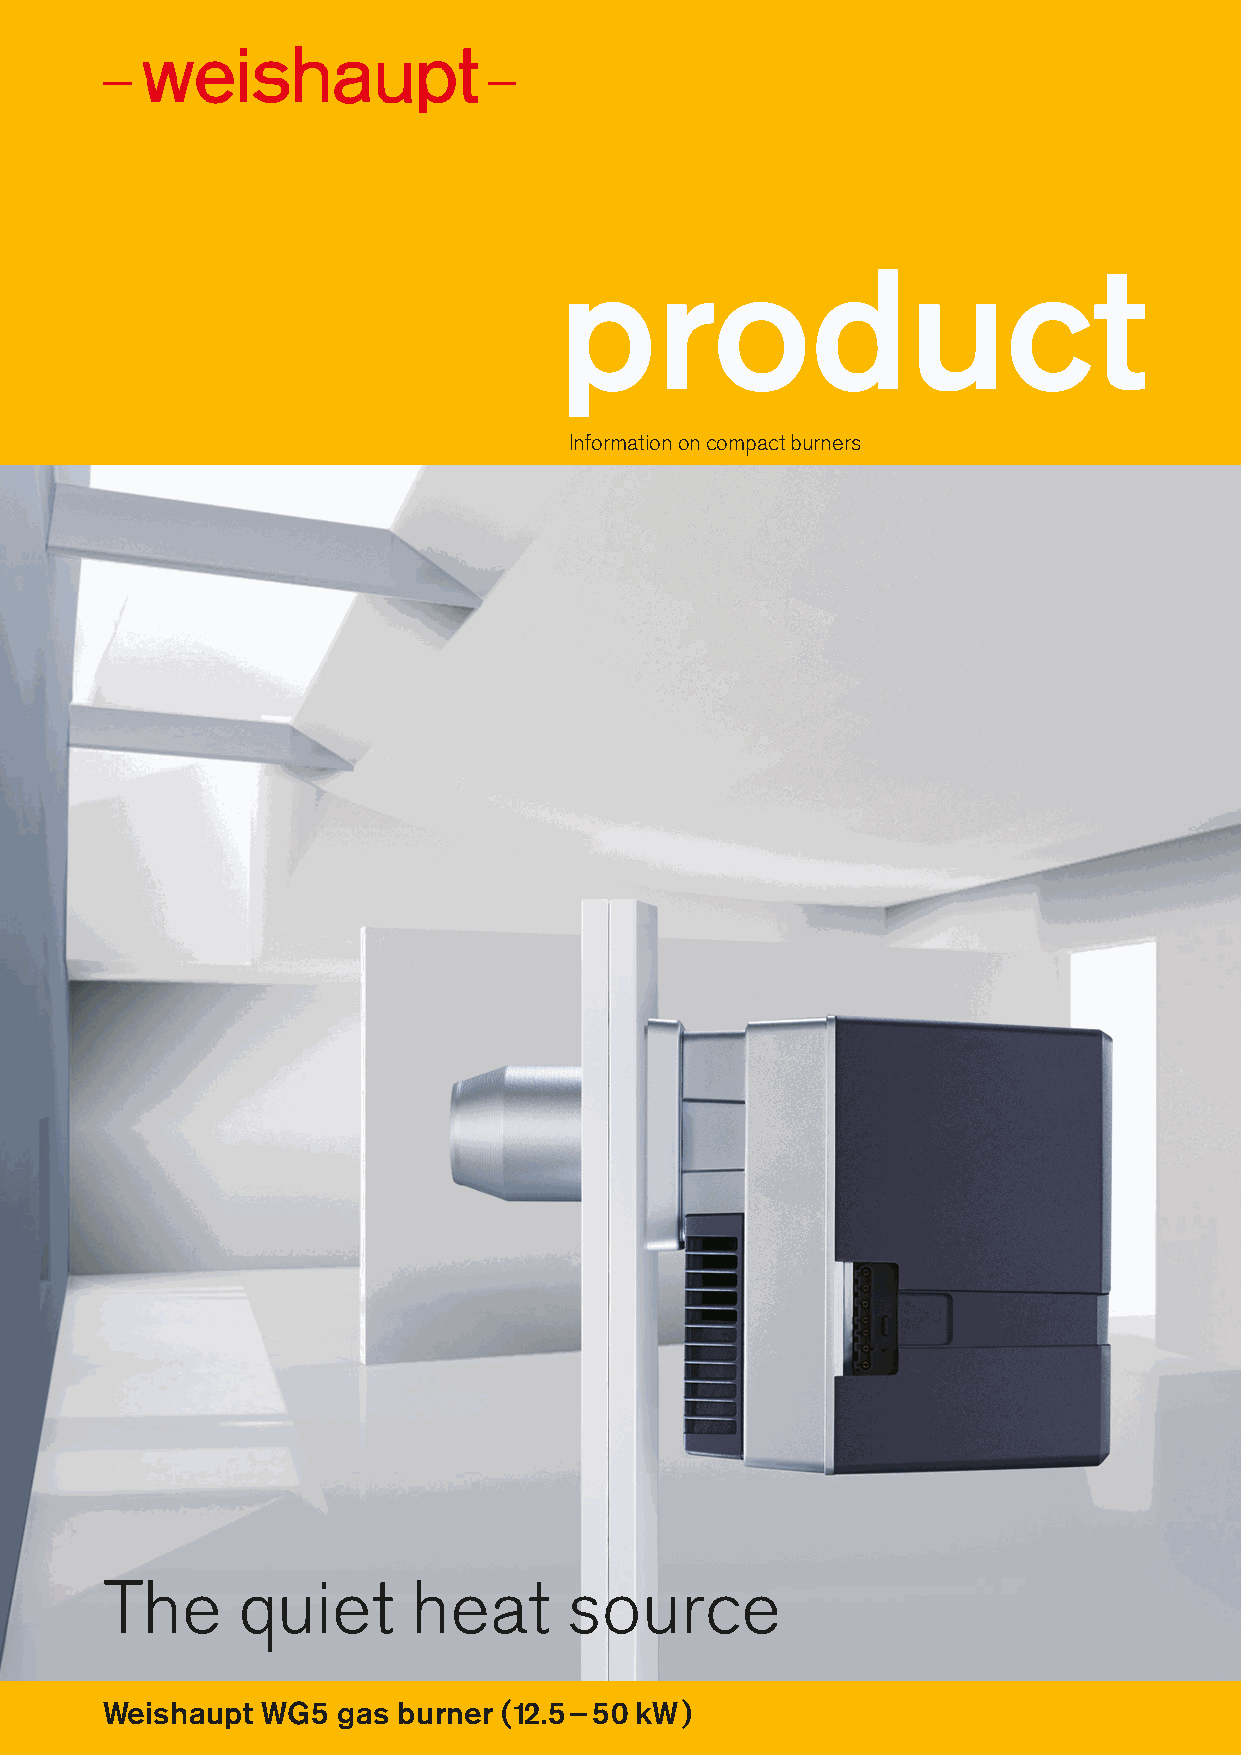
product
 Information on compact burners
 The      quiet      heat       source
 Weishaupt Thermo  Condens-A   (bis 15/25 kW)
 Weishaupt WG5  gas burner (12.5–50kW)